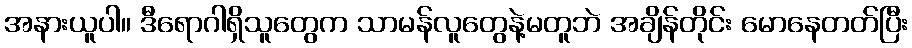
အနားယူပါ။ ဒီရောဂါရှိသူတွေက သာမန်လူတွေနဲ့မတူဘဲ အချိန်တိုင်း မောနေတတ်ပြီး